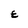
Character: E